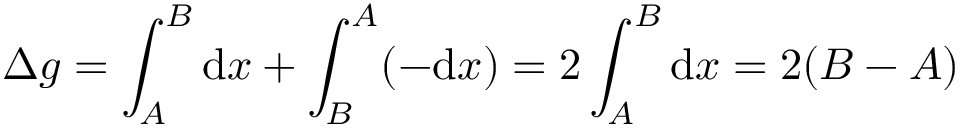
\Delta g = \int _ { A } ^ { B } { \mathrm { d } } x + \int _ { B } ^ { A } ( - { \mathrm { d } } x ) = 2 \int _ { A } ^ { B } { \mathrm { d } } x = 2 ( B - A )